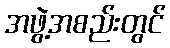
အဖွဲ့အစည်းတွင်